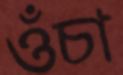
ওঁচা